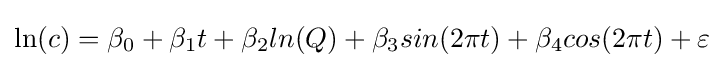
\ln(c)=\beta _{0}+\beta _{1}t+\beta _{2}ln(Q)+\beta _{3}sin(2\pi t)+\beta _{4}cos(2\pi t)+\varepsilon